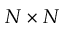
N \times N